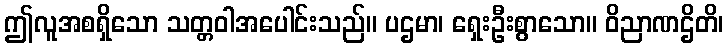
ဤလူအစရှိသော သတ္တဝါအပေါင်းသည်။ ပဌမာ၊ ရှေးဦးစွာသော။ ဝိညာဏဌိတိ၊